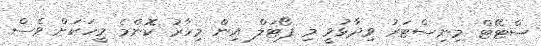
ސްޓޭޓް މިނިސްޓަރު ވިދާޅުވީ މި ޕޯޓަލް އިން މިހާރު ކޮންމެ މީހަކަށް ވެސް